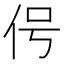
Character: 𬽱